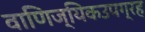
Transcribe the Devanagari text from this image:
वाणिज्यिकउपग्रह